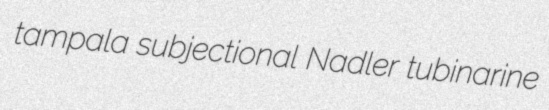
tampala subjectional Nadler tubinarine